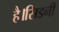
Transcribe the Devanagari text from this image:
है।सिडनी